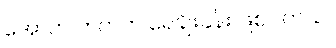
အောက် ဘက်က ရေချိုးခန်း ဖြစ်ပါတယ်။